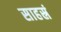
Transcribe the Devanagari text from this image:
साहस्रं